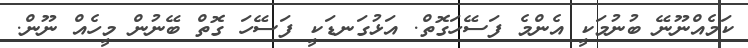
ކަމެއްނޫނޭ ބުނުމަކީ އެންމެ ފަސޭހަގޮތް. އަޅުގަނޑަކީ ފަސޭހަ ގޮތް ބޭނުން މީހެއް ނޫން.